Observations on rabies - Number 36
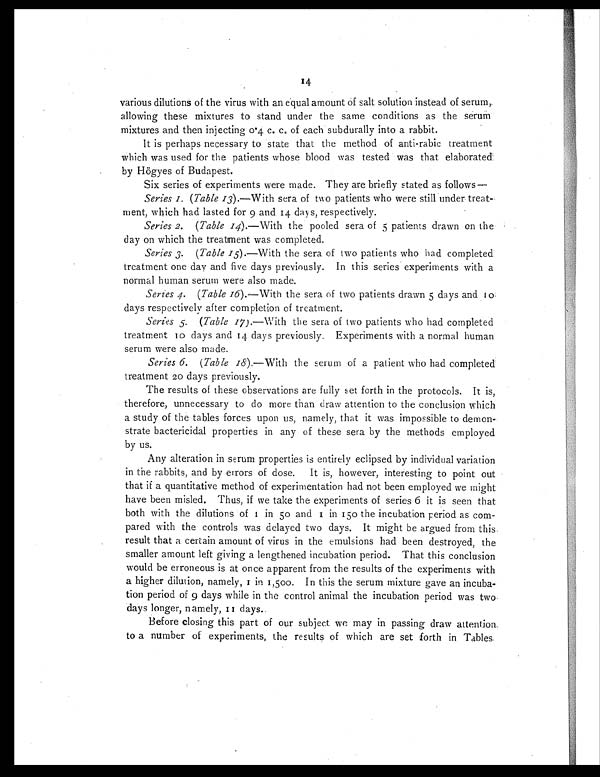
14
various dilutions of the virus with an equal amount of salt solution instead of serum,
allowing these mixtures to stand under the same conditions as the serum
mixtures and then injecting 0.4 c. c. of each subdurally into a rabbit.
It is perhaps necessary to state that the method of anti-rabic treatment
which was used for the patients whose blood was tested was that elaborated
by Högyes of Budapest.
Six series of experiments were made. They are briefly stated as follows—
Series 1. (Table 13).—With sera of two patients who were still under treat-
ment, which had lasted for 9 and 14 days, respectively.
Series 2. (Table 14).—With the pooled sera of 5 patients drawn on the
day on which the treatment was completed.
Series 3. (Table 15 ).—With the sera of two patients who had completed
treatment one day and five days previously. In this series experiments with a
normal human serum were also made.
Series 4. (Table 16).—With the sera of two patients drawn 5 days and 10
days respectively after completion of treatment.
Series 5. (Table 17).—With the sera of two patients who had completed
treatment 10 days and 14 days previously. Experiments with a normal human
serum were also made.
Series 6. (Table 18).—With the serum of a patient who had completed
treatment 20 days previously.
The results of these observations are fully set forth in the protocols. It is,
therefore, unnecessary to do more than draw attention to the conclusion which
a study of the tables forces upon us, namely, that it was impossible to demon-
strate bactericidal properties in any of these sera by the methods employed
by us.
Any alteration in serum properties is entirely eclipsed by individual variation
in the rabbits, and by errors of dose. It is, however, interesting to point out
that if a quantitative method of experimentation had not been employed we might
have been misled. Thus, if we take the experiments of series 6 it is seen that
both with the dilutions of 1 in 50 and 1 in 150 the incubation period as com-
pared with the controls was delayed two days. It might be argued from this
result that a certain amount of virus in the emulsions had been destroyed, the
smaller amount left giving a lengthened incubation period. That this conclusion
would be erroneous is at once apparent from the results of the experiments with
a higher dilution, namely, 1 in 1,500. In this the serum mixture gave an incuba-
tion period of 9 days while in the control animal the incubation period was two
days longer, namely, 11 days.
Before closing this part of our subject we may in passing draw attention.
to a number of experiments, the results of which are set forth in Tables